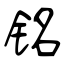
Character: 铭